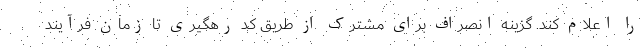
را اعلام کند. گزینه انصراف برای مشترک از طریق کد رهگیری تا زمان فرآیند